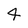
Character: 4